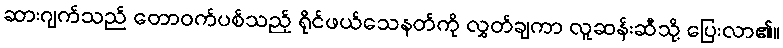
ဆားဂျက်သည် တောဝက်ပစ်သည့် ရိုင်ဖယ်သေနတ်ကို လွှတ်ချကာ လူဆန်းဆီသို့ ပြေးလာ၏။